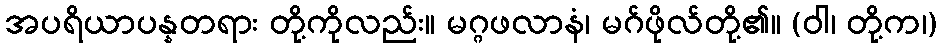
အပရိယာပန္နတရား တို့ကိုလည်း။ မဂ္ဂဖလာနံ၊ မဂ်ဖိုလ်တို့၏။ (ဝါ၊ တို့က၊)